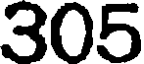
305